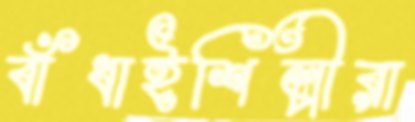
বাঁধাইশিল্পীরা